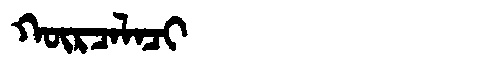
Manchu: ᡴᡡᡵᠴᠠᠯᠠᠴᡳ
Romanization: KŪRCALACI